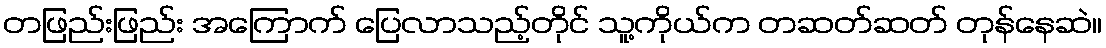
တဖြည်းဖြည်း အကြောက် ပြေလာသည့်တိုင် သူ့ကိုယ်က တဆတ်ဆတ် တုန်နေဆဲ။